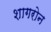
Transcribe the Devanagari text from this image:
शागरोन